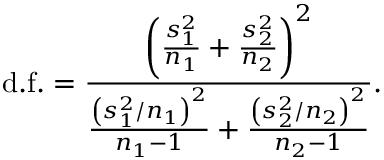
\mathrm { d . f . } = { \frac { \left( { \frac { s _ { 1 } ^ { 2 } } { n _ { 1 } } } + { \frac { s _ { 2 } ^ { 2 } } { n _ { 2 } } } \right) ^ { 2 } } { { \frac { \left( s _ { 1 } ^ { 2 } / n _ { 1 } \right) ^ { 2 } } { n _ { 1 } - 1 } } + { \frac { \left( s _ { 2 } ^ { 2 } / n _ { 2 } \right) ^ { 2 } } { n _ { 2 } - 1 } } } } .